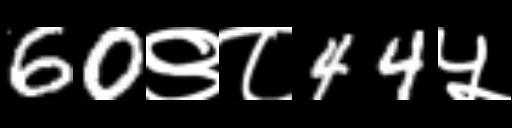
Text: 60९८44५